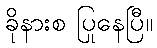
ခိုနားစ ပြုနေပြီ။